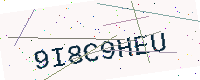
Text: 9I8C9HEU